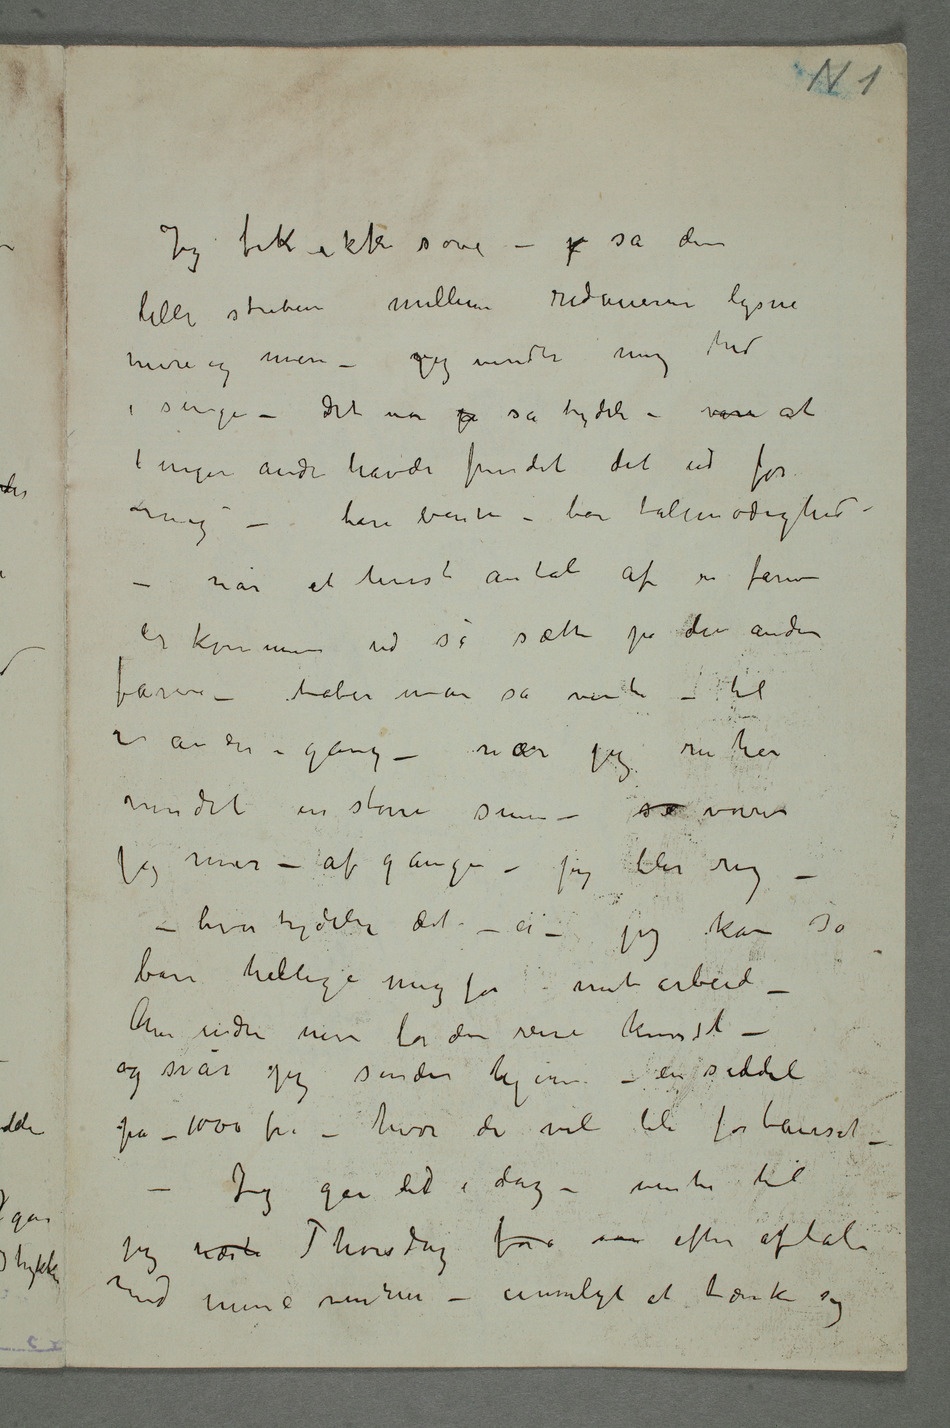
Jeg fik ikke sove – j så den
lille striben mellem ridauerne lysne
mere og mere – vjeg vendte mig hed
i sengen – Det var jo så tydeli – var at
ingen andre havde fundet det ud før mig
bare vente – bare tålmodighed –
når et hvist antal af en farve
er kommen ud så sætte på den anden
farve – taber man så vente – til
en anden – gang – når jeg nu har
vundet en større sum – så vover
jeg mer – af gangen – jeg blir rig –
– hvor tydelig det – er – jeg kan så
bare hellige mig for mit arbeid
– Men vinder mer for den rene kunst –
og når jeg sender hjem – en seddel
på – 1000 frs – hvor de vil bli forbauset –
– Jeg går did i dag – venter til
jeg næste Thorsdag for saa efter aftale
sig